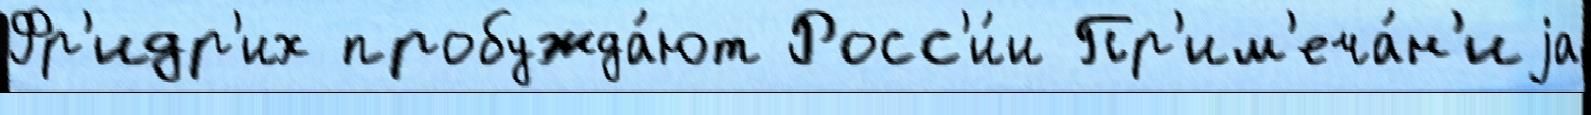
Фр'идр'их пробужда́ют Росс'и́и Пр'им'еча́н'иjа